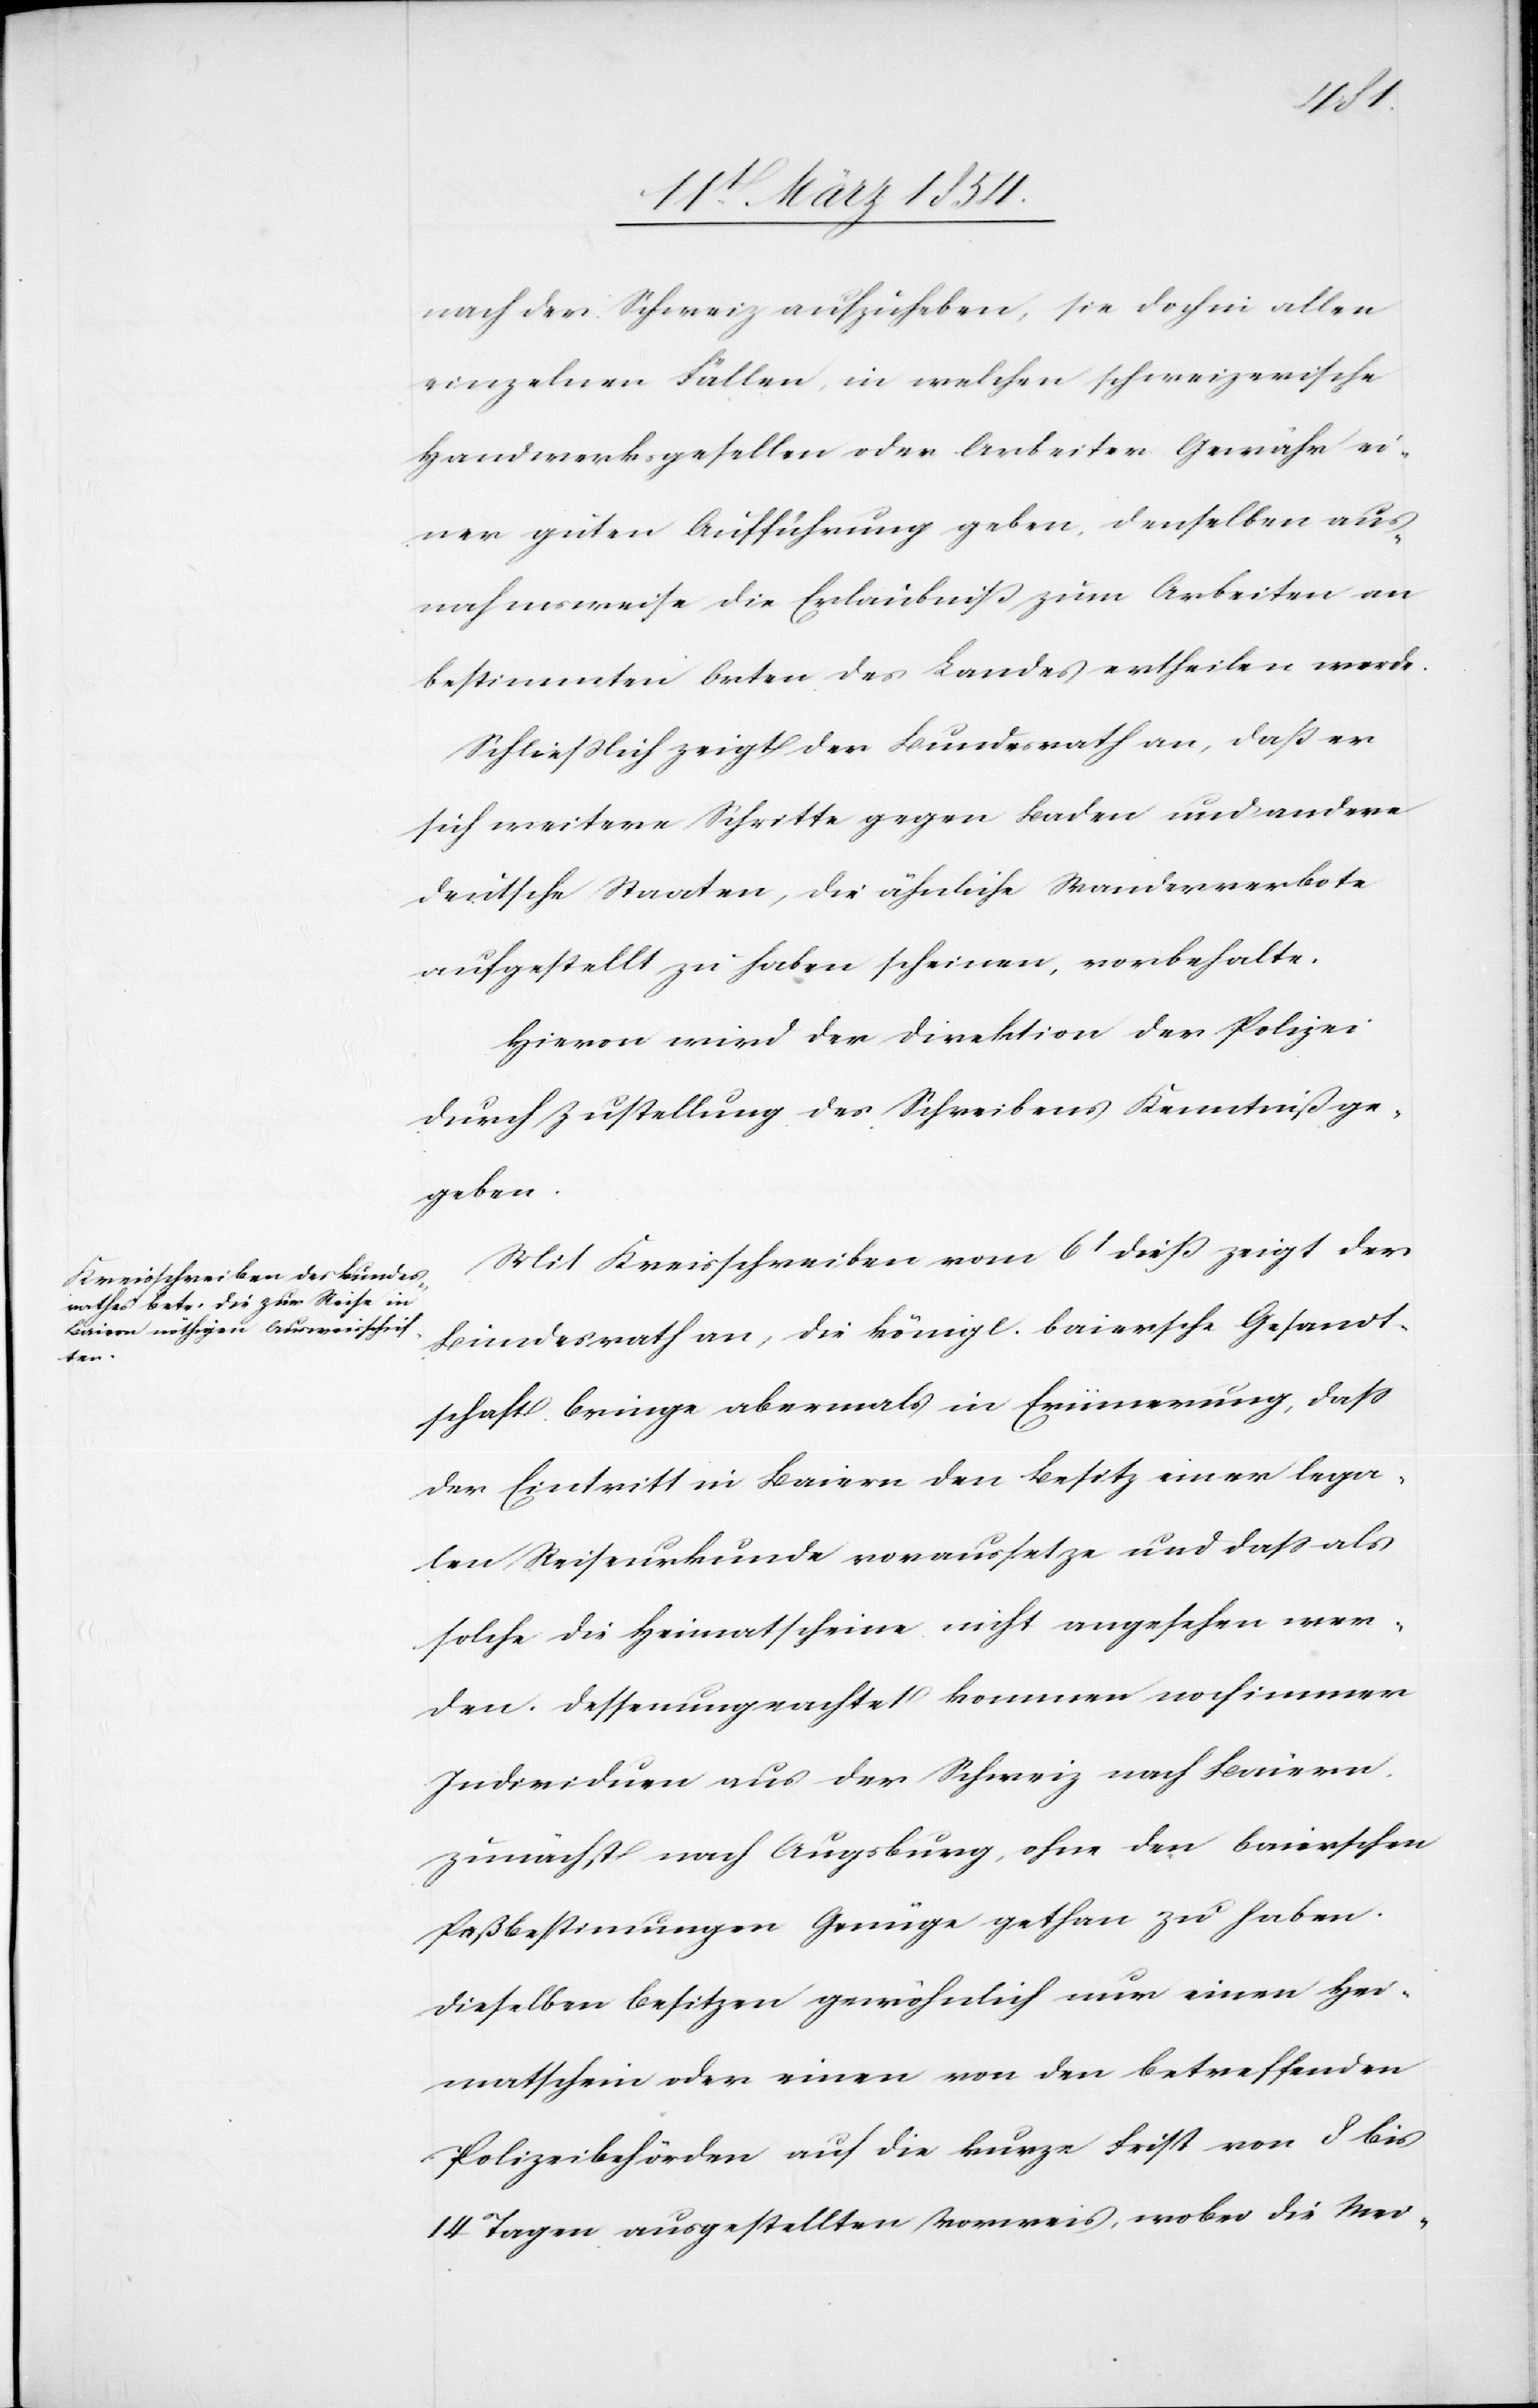
nach der Schweiz aufzuheben, sie doch in allen
einzelnen Fällen, in welchen schweizerische
Handwerksgesellen oder Arbeiter Gewähr ei¬
ner guten Aufführung geben, denselben aus¬
nahmsweise die Erlaubniß zum Arbeiten an
bestimmten Orten des Landes ertheilen werde.
Schließlich zeigt der Bundesrath an, daß er
sich weitere Schritte gegen Baden und andere
deutsche Staaten, die ähnliche Wanderverbote
aufgestellt zu haben scheinen, vorbehalte.
Hievon wird der Direktion der Polizei
durch Zustellung des Schreibens Kenntniß ge¬
geben.
Mit Kreisschreiben vom 6t dieß zeigt der
Bundesrath an, die königl. baiersche Gesandt¬
schaft bringe abermals in Erinnerung, daß
der Eintritt in Baiern den Besitz einer lega¬
len Reiseurkunde voraussetze und daß als
solche die Heimatscheine nicht angesehen wer¬
den. Dessenungeachtet kommen noch immer
Individuen aus der Schweiz nach Baiern.
Zunächst nach Augsburg, ohne den baierschen
Paßbestimmungen Genüge gethan zu haben.
Dieselben besitzen gewöhnlich nur einen Hei¬
matschein oder einen von den betreffenden
Polizeibehörden auf die kurze Frist von 8 bis
14 Tagen ausgestellten Vorweis, wobei die Mei-